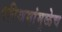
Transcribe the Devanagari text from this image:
परिश्रमांमुळेच